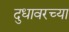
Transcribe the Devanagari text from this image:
दुधावरच्या